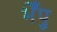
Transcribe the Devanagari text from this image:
भेँपु